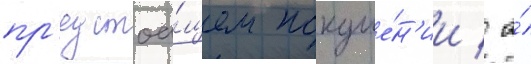
пр'едстоа́щем покуше́н'ии / а́